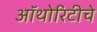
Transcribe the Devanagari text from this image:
ऑथोरिटीचे